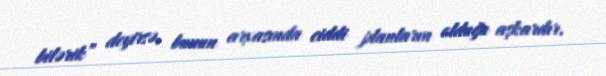
bilərik” deyirsə, bunun arxasında ciddi planların olduğu aşkardır.